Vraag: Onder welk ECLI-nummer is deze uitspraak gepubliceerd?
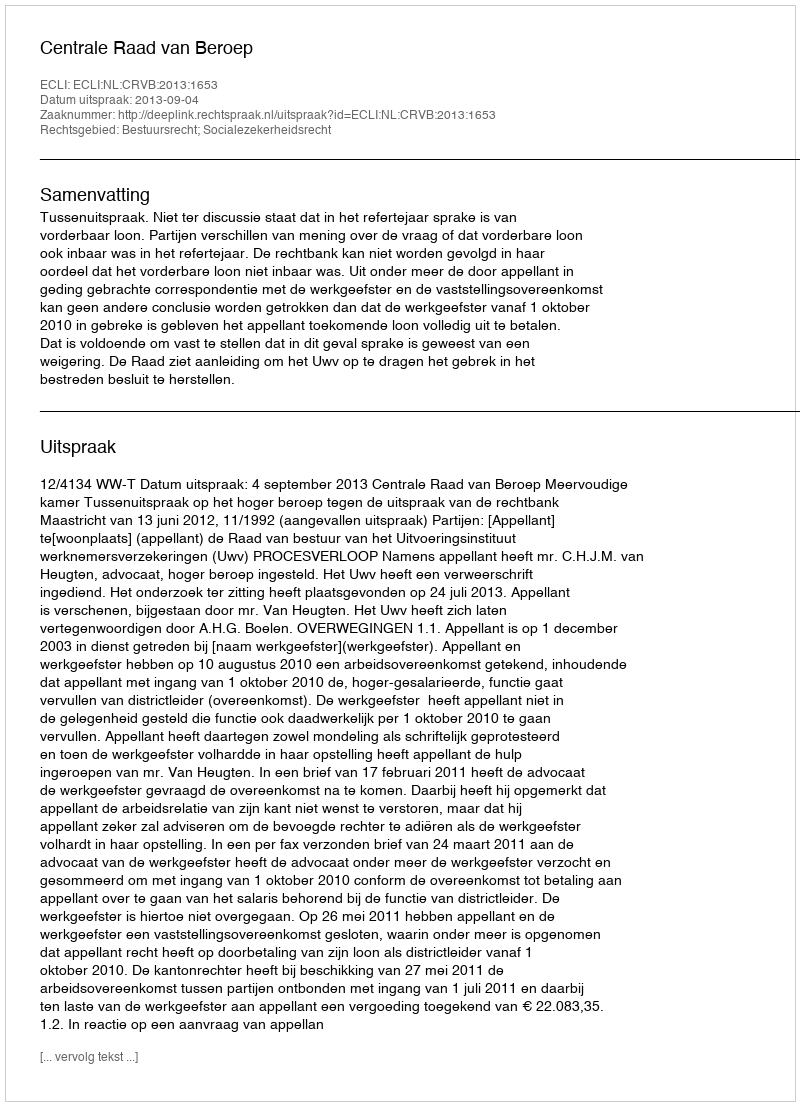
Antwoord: ECLI:NL:CRVB:2013:1653